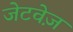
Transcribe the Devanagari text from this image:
जेटवेज़